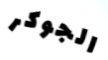
الجوكر